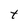
Character: t